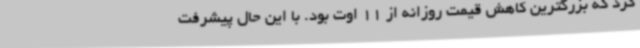
کرد که بزرگترین کاهش قیمت روزانه از 11 اوت بود. با این حال پیشرفت